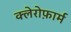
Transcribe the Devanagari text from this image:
क्लेरोफ़ार्म